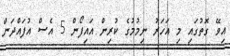
އިވޭ ގޮތުގައި މި އަހަރު ނިމުމުގެ ކުރިން އައިފޯން 5 އެސް އުފައްދަން